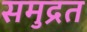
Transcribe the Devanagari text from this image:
समुद्रत